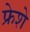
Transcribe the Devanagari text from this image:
फ्रेशे